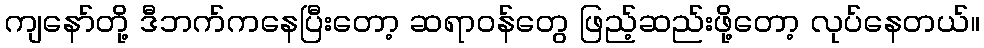
ကျနော်တို့ ဒီဘက်ကနေပြီးတော့ ဆရာဝန်တွေ ဖြည့်ဆည်းဖို့တော့ လုပ်နေတယ်။